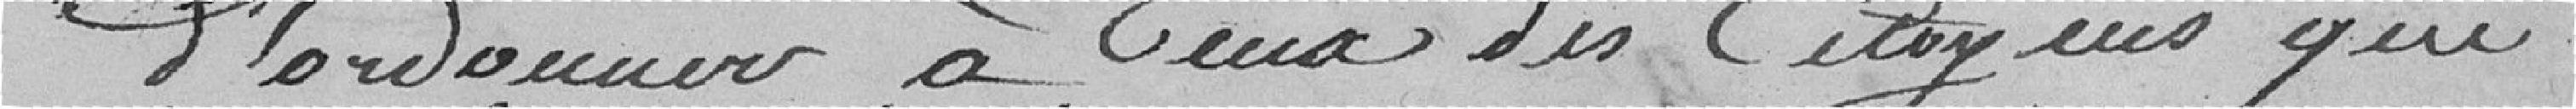
d'ordonner à ceux des citoyens qui